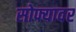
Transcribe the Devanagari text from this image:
सोफ्यावर